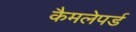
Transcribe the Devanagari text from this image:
कैमलेपर्ड